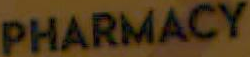
PHARMACY